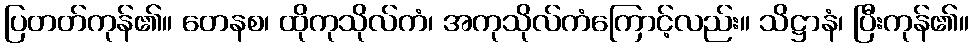
ပြတတ်ကုန်၏။ တေနစ၊ ထိုကုသိုလ်ကံ၊ အကုသိုလ်ကံကြောင့်လည်း။ သိဋ္ဌာနံ၊ ပြီးကုန်၏။